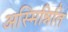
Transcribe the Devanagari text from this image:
अस्मिन्निति